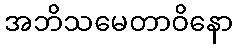
အဘိသမေတာဝိနော